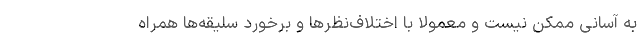
به آسانی ممکن نیست و معمولاً با اختلاف‌نظرها و برخورد سلیقه‌ها همراه